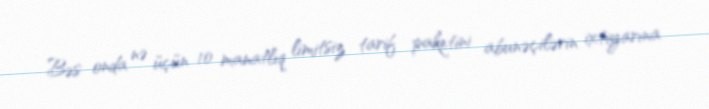
Bəs onda nə üçün 10 manatlıq limitsiz tarif paketini abunəçilərin ixtiyarına